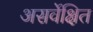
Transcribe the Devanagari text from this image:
असर्वेक्षित